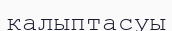
калыптасуы